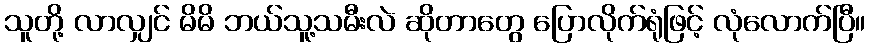
သူတို့ လာလျှင် မိမိ ဘယ်သူ့သမီးလဲ ဆိုတာတွေ ပြောလိုက်ရုံဖြင့် လုံလောက်ပြီ။